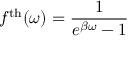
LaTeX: f ^ { \mathrm { t h } } ( \omega ) = \frac { 1 } { e ^ { \beta \omega } - 1 }